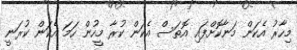
މިހާރު އެކަން މަނާކޮށްފައި އޮތަސް އެކަން ކުރާ މީހުން ހަމަ އެކަން ކުރަނީ